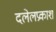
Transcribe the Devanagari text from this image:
दलेलप्रकाश